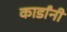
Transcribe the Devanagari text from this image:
कार्डांनी